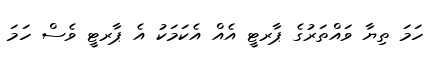
ހަމަ ތިޔާ ވައްތަރުގެ ޕާރޓީ އެއް އެކަމަކު އެ ޕާރޓީ ވެސް ހަމަ